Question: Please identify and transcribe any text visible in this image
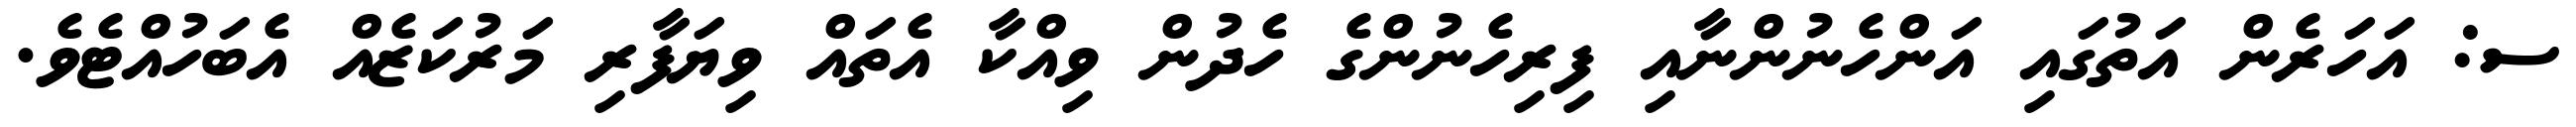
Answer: ސ: އަހަރެން އަތުގައި އަންހެނުންނާއި ފިރިހެނުންގެ ހެދުން ވިއްކާ އެތައް ވިޔަފާރި މަރުކަޒެއް އެބަހުއްޓެވެ.